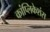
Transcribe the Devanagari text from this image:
कांप्लिकेशंस